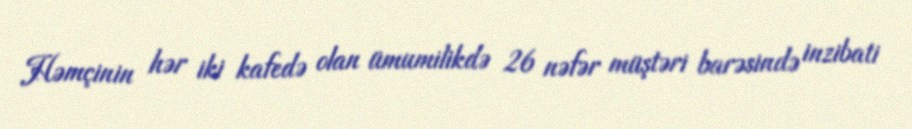
Həmçinin hər iki kafedə olan ümumilikdə 26 nəfər müştəri barəsində inzibati